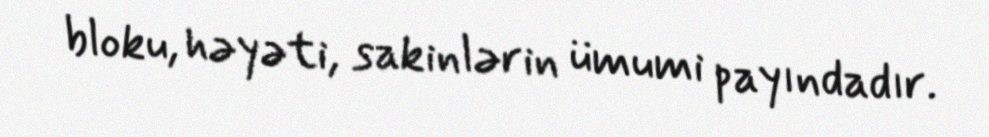
bloku, həyəti, sakinlərin ümumi payındadır.